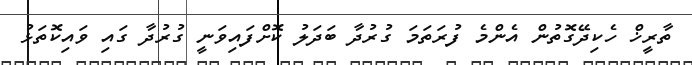
ތާރީޚް ހެކިދޭގޮތުން އެންމެ ފުރަތަމަ ގުރުދާ ބަދަލު ކޮށްފައިވަނީ ގުރުދާ ގައި ވައިކޮތަޅު